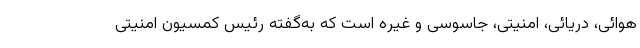
هوائی، دریائی، امنیتی، جاسوسی و غیره است که به‌گفته رئیس کمسیون امنیتی